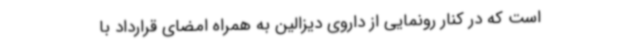
است که در کنار رونمایی از داروی دیزالین به همراه امضای قرارداد با